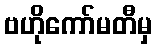
ဗဟိုကော်မတီမှ